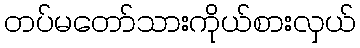
တပ်မတော်သားကိုယ်စားလှယ်